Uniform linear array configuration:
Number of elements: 24
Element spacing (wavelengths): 1
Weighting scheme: exponential
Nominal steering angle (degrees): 45
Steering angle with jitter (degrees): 45.358
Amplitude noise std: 0.05
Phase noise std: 0.05

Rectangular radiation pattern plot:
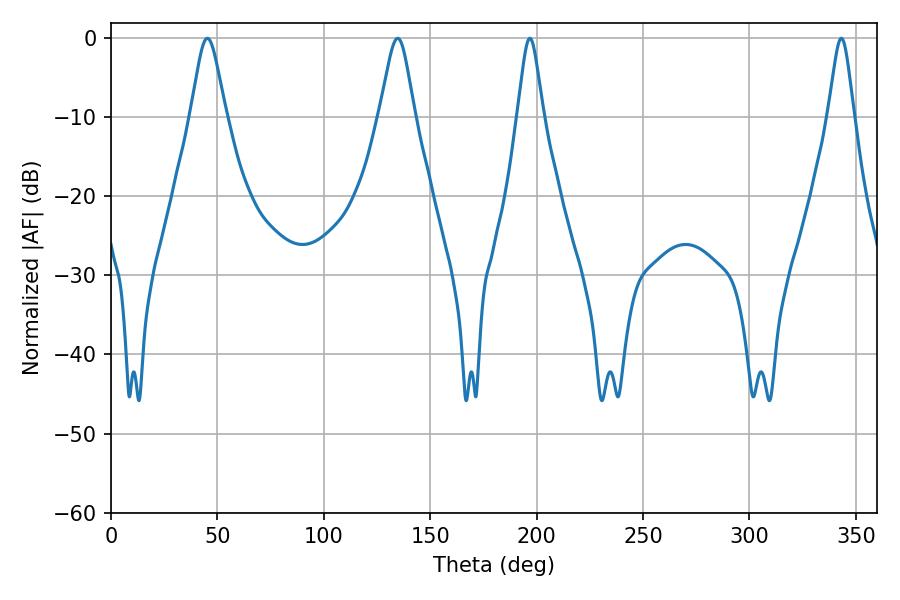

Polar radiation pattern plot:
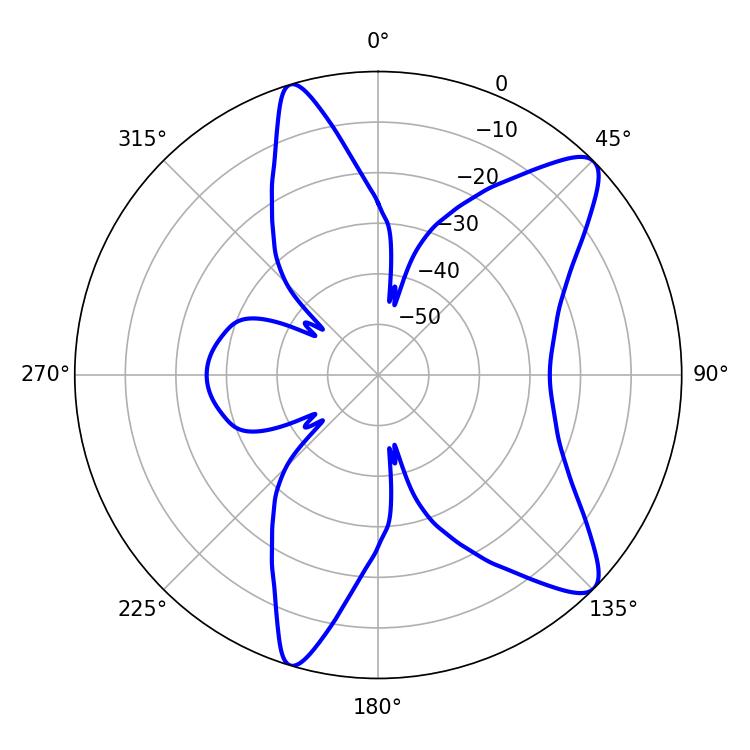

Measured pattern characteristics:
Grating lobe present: TRUE
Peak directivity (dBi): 10.646
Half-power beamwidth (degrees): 7.92
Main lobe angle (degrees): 45.36